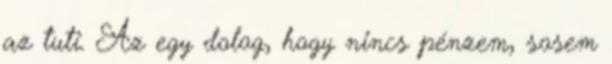
az tuti. Az egy dolog, hogy nincs pénzem, sosem